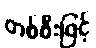
တစ်စီးဖြင့်